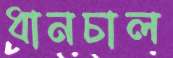
ধানচাল